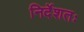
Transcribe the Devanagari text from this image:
निर्देशतः